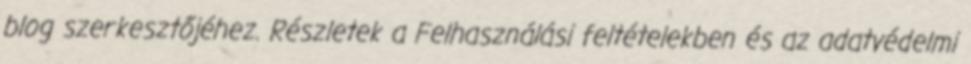
blog szerkesztőjéhez. Részletek a Felhasználási feltételekben és az adatvédelmi